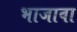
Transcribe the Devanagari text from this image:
भाजावा